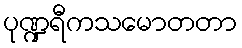
ပုဏ္ဍရီကသမောတတာ